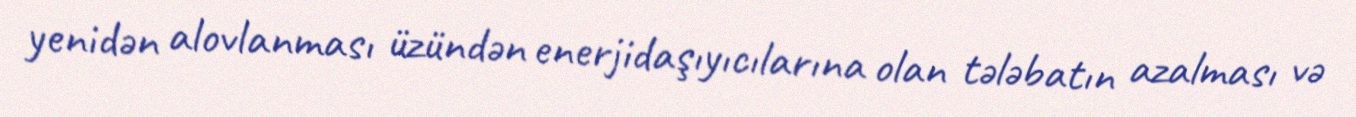
yenidən alovlanması üzündən enerjidaşıyıcılarına olan tələbatın azalması və